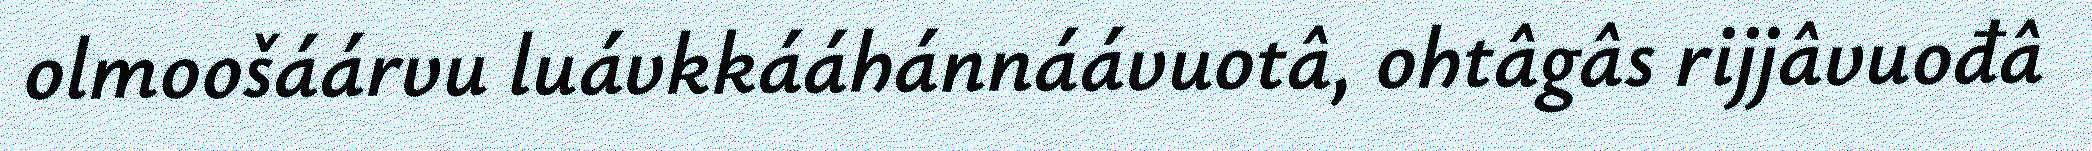
olmoošáárvu luávkkááhánnáávuotâ, ohtâgâs rijjâvuođâ